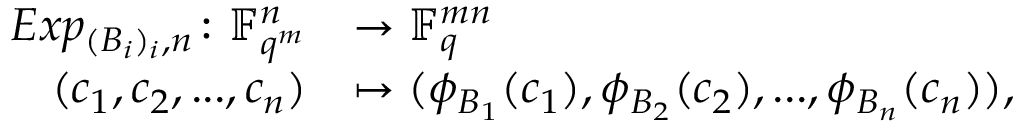
\begin{array} { r l } { E x p _ { ( B _ { i } ) _ { i } , n } \colon \mathbb { F } _ { q ^ { m } } ^ { n } } & { \rightarrow \mathbb { F } _ { q } ^ { m n } } \\ { ( c _ { 1 } , c _ { 2 } , . . . , c _ { n } ) } & { \mapsto ( \phi _ { B _ { 1 } } ( c _ { 1 } ) , \phi _ { B _ { 2 } } ( c _ { 2 } ) , . . . , \phi _ { B _ { n } } ( c _ { n } ) ) , } \end{array}